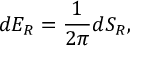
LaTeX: d E _ { R } = { \frac { 1 } { 2 \pi } } d S _ { R } ,